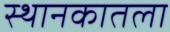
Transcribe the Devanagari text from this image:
स्थानकातला